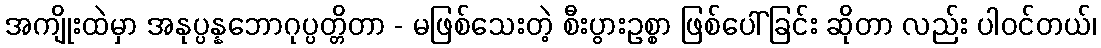
အကျိုးထဲမှာ အနုပ္ပန္နဘောဂုပ္ပတ္တိတာ - မဖြစ်သေးတဲ့ စီးပွားဥစ္စာ ဖြစ်ပေါ်ခြင်း ဆိုတာ လည်း ပါဝင်တယ်၊